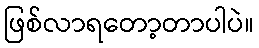
ဖြစ်လာရတော့တာပါပဲ။